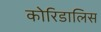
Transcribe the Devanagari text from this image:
कोरिडालिस